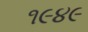
૧૯૪૯